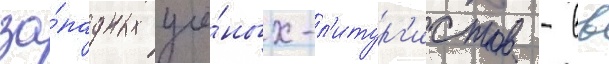
за́падных учё́ных-л'итург'истов - вв